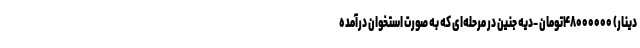
دینار) ۴۸۰۰۰۰۰۰تومان -دیه جنین در مرحله‌ای که به صورت استخوان درآمده